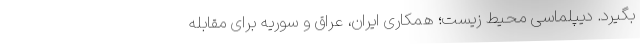
بگیرد. دیپلماسی محیط‌ زیست؛ همکاری ایران، عراق و سوریه برای مقابله